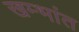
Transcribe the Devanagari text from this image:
खम्भांत